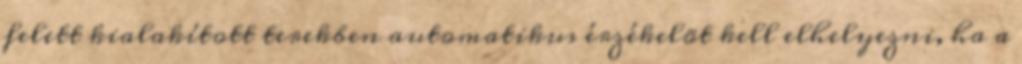
felett kialakított terekben automatikus érzékelõt kell elhelyezni, ha a